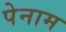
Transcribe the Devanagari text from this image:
पेनाम